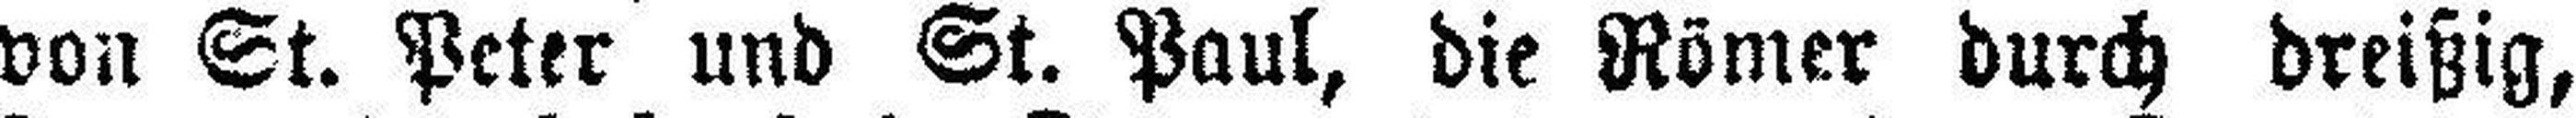
von St. Peter und St. Paul, die Römer durch dreißig,